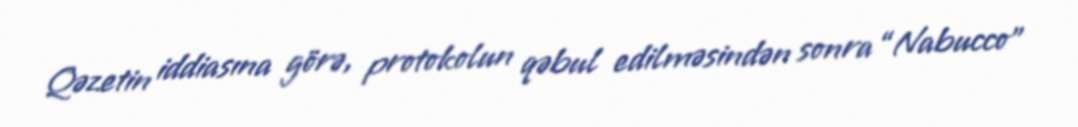
Qəzetin iddiasına görə, protokolun qəbul edilməsindən sonra “Nabucco”